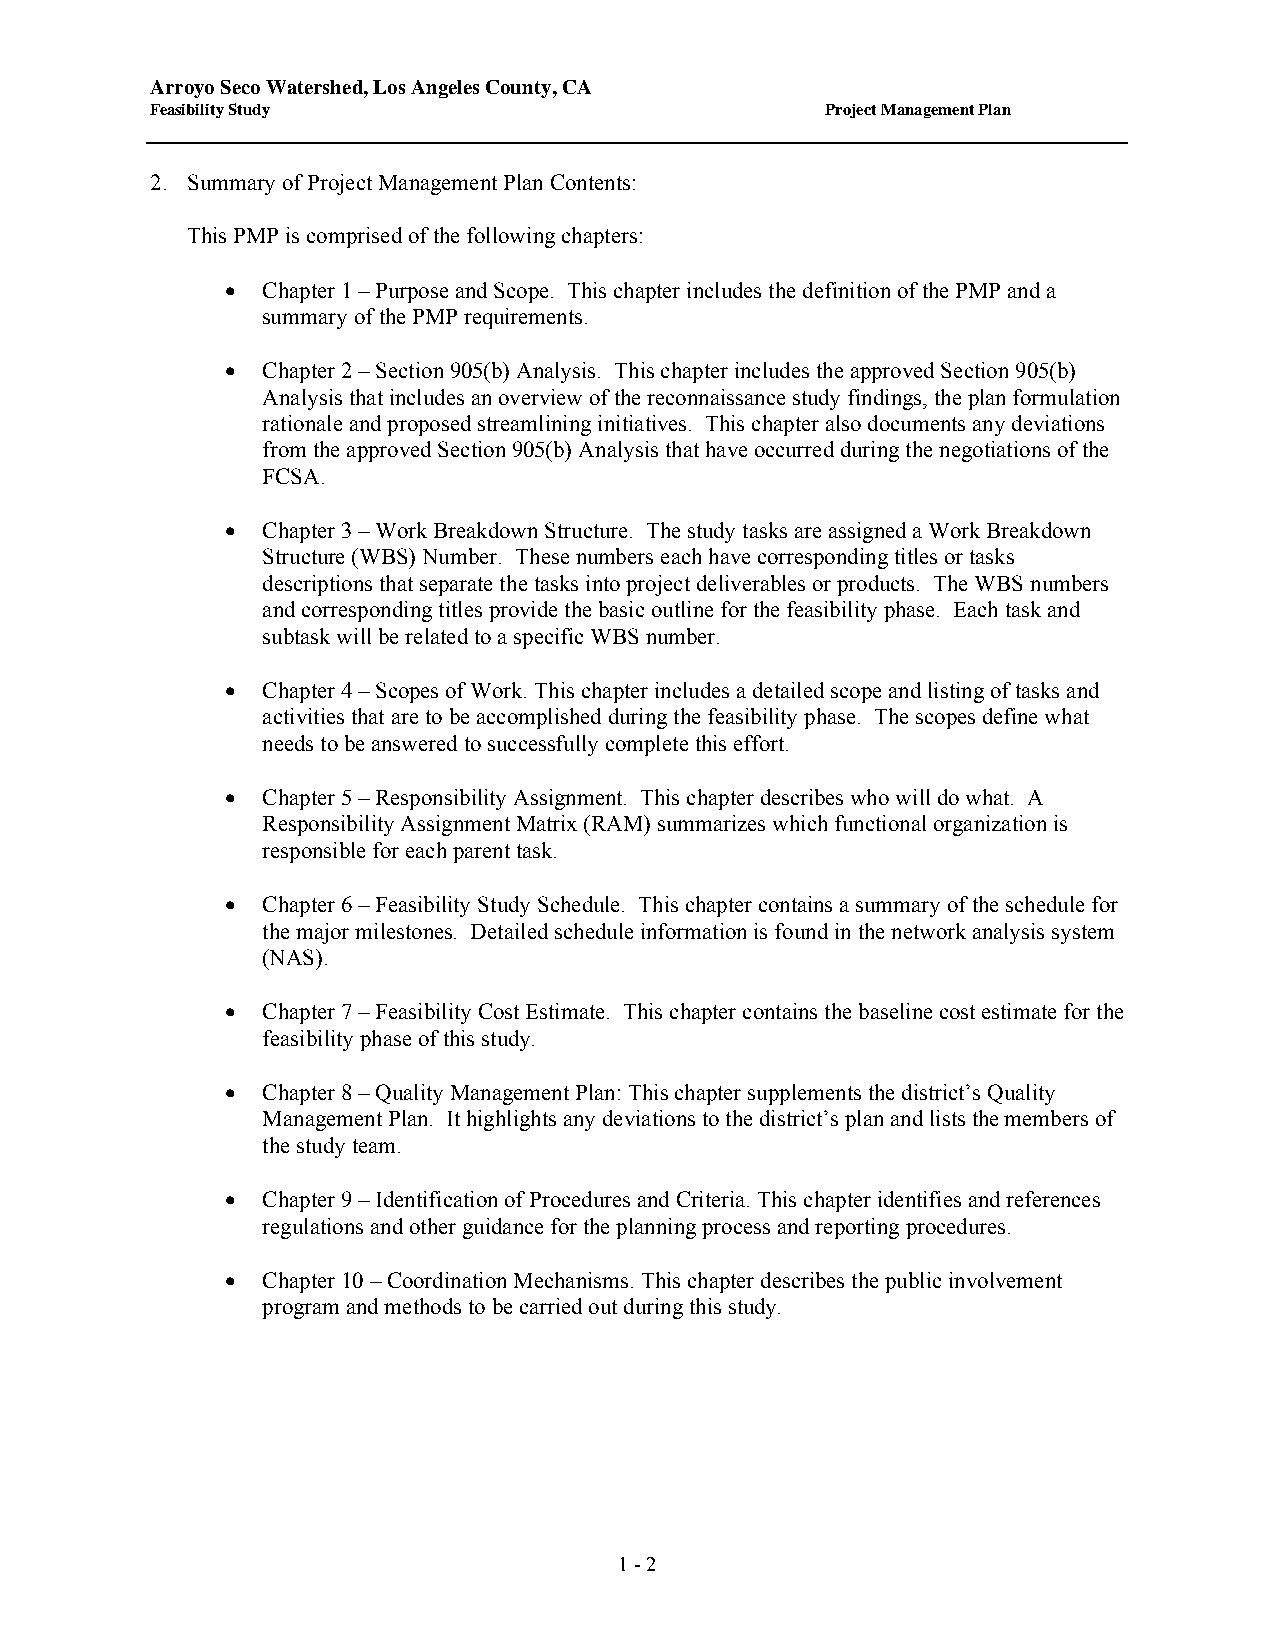
Arroyo Seco Watershed, Los Angeles County, CA
 Feasibility Study                            Project Management Plan
 2. Summary of Project Management Plan Contents:
 This PMP is comprised of the following chapters:
 • Chapter 1 – Purpose and Scope. This chapter includes the definition of the PMP and a
 summary of the PMP requirements.
 • Chapter 2 – Section 905(b) Analysis. This chapter includes the approved Section 905(b)
 Analysis that includes an overview of the reconnaissance study findings, the plan formulation
 rationale and proposed streamlining initiatives. This chapter also documents any deviations
 from the approved Section 905(b) Analysis that have occurred during the negotiations of the
 FCSA.
 • Chapter 3 – Work Breakdown Structure. The study tasks are assigned a Work Breakdown
 Structure (WBS) Number. These numbers each have corresponding titles or tasks
 descriptions that separate the tasks into project deliverables or products. The WBS numbers
 and corresponding titles provide the basic outline for the feasibility phase. Each task and
 subtask will be related to a specific WBS number.
 • Chapter 4 – Scopes of Work. This chapter includes a detailed scope and listing of tasks and
 activities that are to be accomplished during the feasibility phase. The scopes define what
 needs to be answered to successfully complete this effort.
 • Chapter 5 – Responsibility Assignment. This chapter describes who will do what. A
 Responsibility Assignment Matrix (RAM) summarizes which functional organization is
 responsible for each parent task.
 • Chapter 6 – Feasibility Study Schedule. This chapter contains a summary of the schedule for
 the major milestones. Detailed schedule information is found in the network analysis system
 (NAS).
 • Chapter 7 – Feasibility Cost Estimate. This chapter contains the baseline cost estimate for the
 feasibility phase of this study.
 • Chapter 8 – Quality Management Plan: This chapter supplements the district’s Quality
 Management Plan. It highlights any deviations to the district’s plan and lists the members of
 the study team.
 • Chapter 9 – Identification of Procedures and Criteria. This chapter identifies and references
 regulations and other guidance for the planning process and reporting procedures.
 • Chapter 10 – Coordination Mechanisms. This chapter describes the public involvement
 program and methods to be carried out during this study.
 1 - 2